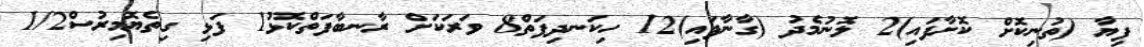
ފިޔާ (ތުނިކޮށް ކޮށާފައި)2 ލޮނުމެދު (ގާނާފައި)12 ހިކަނދިފަތް8 ވަރަކަށް ރާނބާފަތްކޮޅު1 ފަޅި ގިތެޔޮމިރުސް1/2